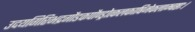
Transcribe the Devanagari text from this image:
उदयगिरिभद्रगौडकपौण्ड्रोत्कलकाषिमेकलाम्बष्ठाः।